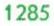
1285